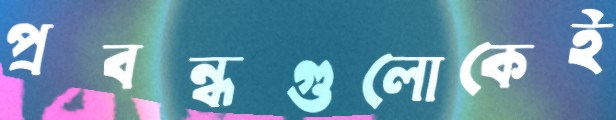
প্রবন্ধগুলোকেই